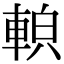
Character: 𨌓